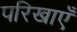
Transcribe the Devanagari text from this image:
परिखाएँ